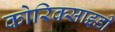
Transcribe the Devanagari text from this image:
कोरिक्साइडी